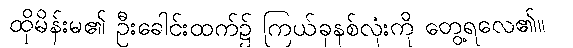
ထိုမိန်းမ၏ ဦးခေါင်းထက်၌ ကြယ်ခုနစ်လုံးကို တွေ့ရလေ၏။